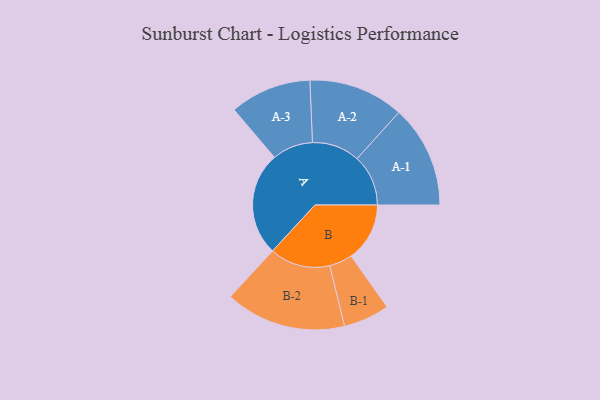
{"axis": {"x": "Segment", "y": "Value"}, "legend": ["", "A", "B"], "data": [{"x": "A", "y": 494, "type": ""}, {"x": "B", "y": 279, "type": ""}, {"x": "A-1", "y": 244, "type": "A"}, {"x": "A-2", "y": 227, "type": "A"}, {"x": "A-3", "y": 194, "type": "A"}, {"x": "B-1", "y": 110, "type": "B"}, {"x": "B-2", "y": 288, "type": "B"}]}